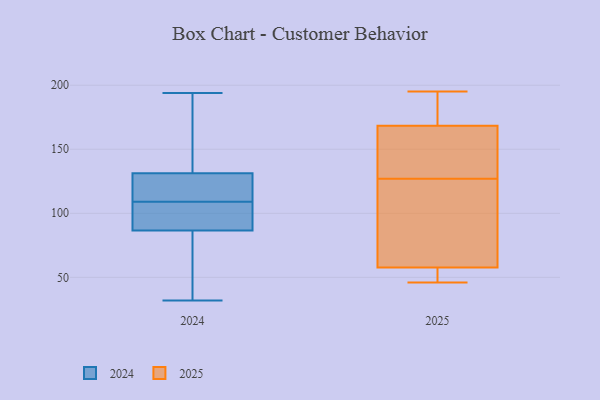
{"axis": {"x": "Churn Rate (%)", "y": "Value"}, "legend": ["2024", "2025"], "data": [{"x": "", "y": 135, "type": "2024"}, {"x": "", "y": 194, "type": "2024"}, {"x": "", "y": 96, "type": "2024"}, {"x": "", "y": 85, "type": "2024"}, {"x": "", "y": 117, "type": "2024"}, {"x": "", "y": 46, "type": "2024"}, {"x": "", "y": 120, "type": "2024"}, {"x": "", "y": 93, "type": "2024"}, {"x": "", "y": 184, "type": "2024"}, {"x": "", "y": 80, "type": "2024"}, {"x": "", "y": 32, "type": "2024"}, {"x": "", "y": 91, "type": "2024"}, {"x": "", "y": 119, "type": "2024"}, {"x": "", "y": 109, "type": "2024"}, {"x": "", "y": 161, "type": "2024"}, {"x": "", "y": 176, "type": "2025"}, {"x": "", "y": 46, "type": "2025"}, {"x": "", "y": 51, "type": "2025"}, {"x": "", "y": 56, "type": "2025"}, {"x": "", "y": 63, "type": "2025"}, {"x": "", "y": 107, "type": "2025"}, {"x": "", "y": 127, "type": "2025"}, {"x": "", "y": 185, "type": "2025"}, {"x": "", "y": 195, "type": "2025"}, {"x": "", "y": 128, "type": "2025"}, {"x": "", "y": 145, "type": "2025"}]}